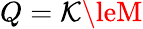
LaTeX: Q=\mathcal{K}\leM